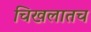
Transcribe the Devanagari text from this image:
चिखलातच